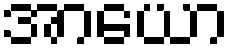
အာယော